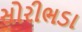
સોરીભડા